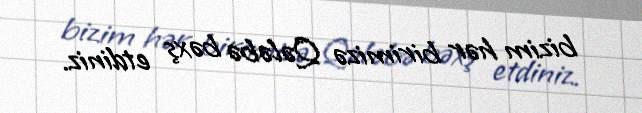
bizim hər birimizə Qələbə bəxş etdiniz.